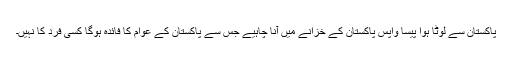
پاکستان سے لوٹا ہوا پیسا واپس پاکستان کے خزانے میں آنا چاہیے جس سے پاکستان کے عوام کا فائدہ ہوگا کسی فرد کا نہیں۔